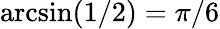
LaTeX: \arcsin(1/2)=\pi/6